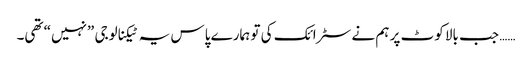
…… جب بالا کوٹ پر ہم نے سٹرائک کی تو ہمارے پاس یہ ٹیکنالوجی ”نہیں“ تھی۔